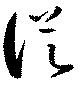
從